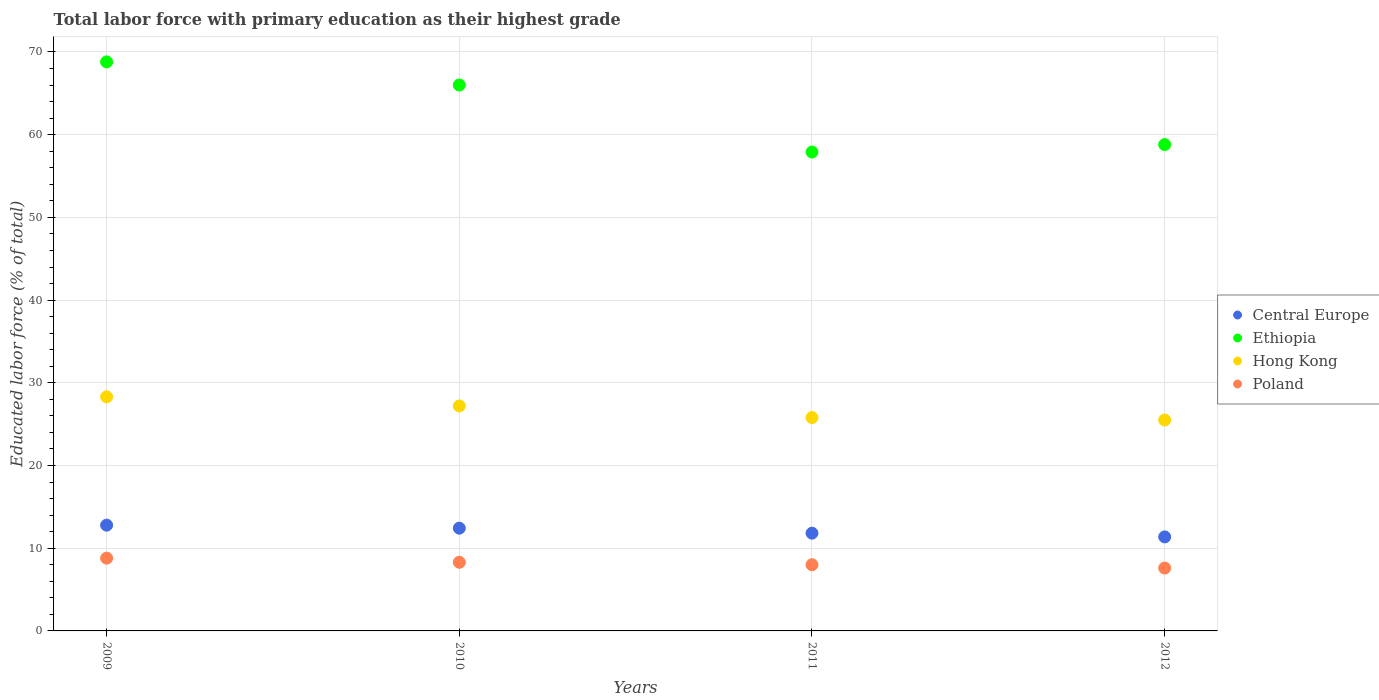
| Years | Central Europe | Ethiopia | Hong Kong | Poland |
 | --- | --- | --- | --- | --- |
 | 2009 | 12.8 | 68.8 | 28.3 | 8.8 |
 | 2010 | 12.4 | 66 | 27.2 | 8.3 |
 | 2011 | 11.8 | 57.9 | 25.8 | 8 |
 | 2012 | 11.4 | 58.8 | 25.5 | 7.6 |